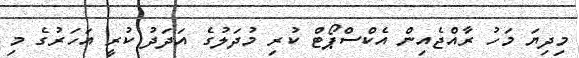
މިދިޔަ މަހު ރާއްޖެއިން އެކްސްޕޯޓް ކުރި މުދަލުގެ އަދަދު ކުރީ އަހަރުގެ މި